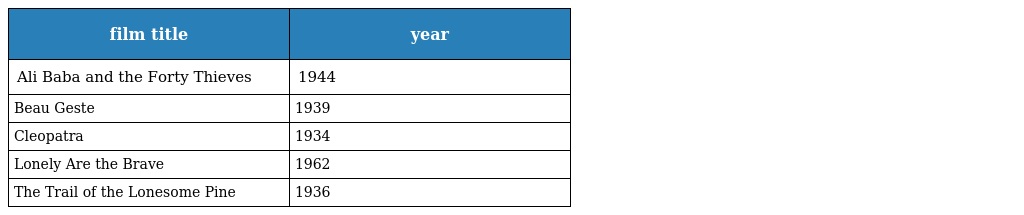
| film title | year |
 | --- | --- |
 | Ali Baba and the Forty Thieves | 1944 |
 | Beau Geste | 1939 |
 | Cleopatra | 1934 |
 | Lonely Are the Brave | 1962 |
 | The Trail of the Lonesome Pine | 1936 |